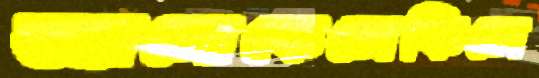
অ্যামোকেলেকিলে